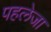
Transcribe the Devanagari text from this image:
पहलेजा